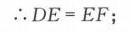
\(\therefore DE = EF\);